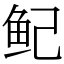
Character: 鱾